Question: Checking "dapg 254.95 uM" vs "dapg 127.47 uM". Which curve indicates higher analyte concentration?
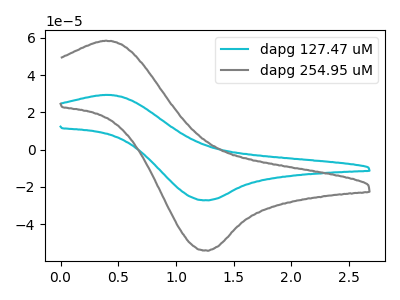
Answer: <think>The cyan curve "dapg 127.47 uM" has an anodic peak at (0.40V, 29.40uA) and a cathodic peak at (1.25V, -27.30uA). The gray curve "dapg 254.95 uM" has an anodic peak at (0.40V, 58.45uA) and a cathodic peak at (1.25V, -54.30uA).
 All the peaks in "dapg 254.95 uM" have a peak in "dapg 127.47 uM" at the same potential. Every peak in "dapg 254.95 uM" is higher than every peak in "dapg 127.47 uM".</think>
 <answer>"dapg 254.95 uM" has more signal than "dapg 127.47 uM" and so likely has a higher concentration.</answer>
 <eval>more_concentration</eval>